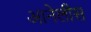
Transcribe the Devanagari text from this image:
आनेलीस